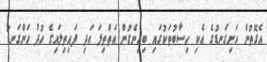
އެގޮތުން ހަށިގަނޑުގެ އެކި ހިސާބުތަކުގައި ބިހިނެގުން އަތްތިލަ އަދި ފައިތިލައިގެ ހުދު ހަންގަނޑު